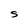
Character: S